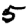
Digit: 5